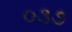
૦૩૭